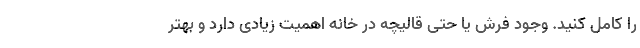
را کامل کنید. وجود فرش یا حتی قالیچه در خانه اهمیت زیادی دارد و بهتر